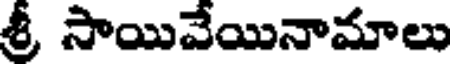
శ్రీ సాయివేయినామాలు